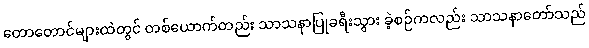
တောတောင်များထဲတွင် တစ်ယောက်တည်း သာသနာပြုခရီးသွား ခဲ့စဉ်ကလည်း သာသနာတော်သည်